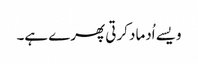
ویسے اُدماد کرتی پھرے ہے۔